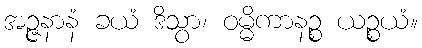
အဉ္ဇနာနံ ခယံ ဒိသွာ၊ ဝမ္မိကာနဉ္စ ယဉ္စယံ။